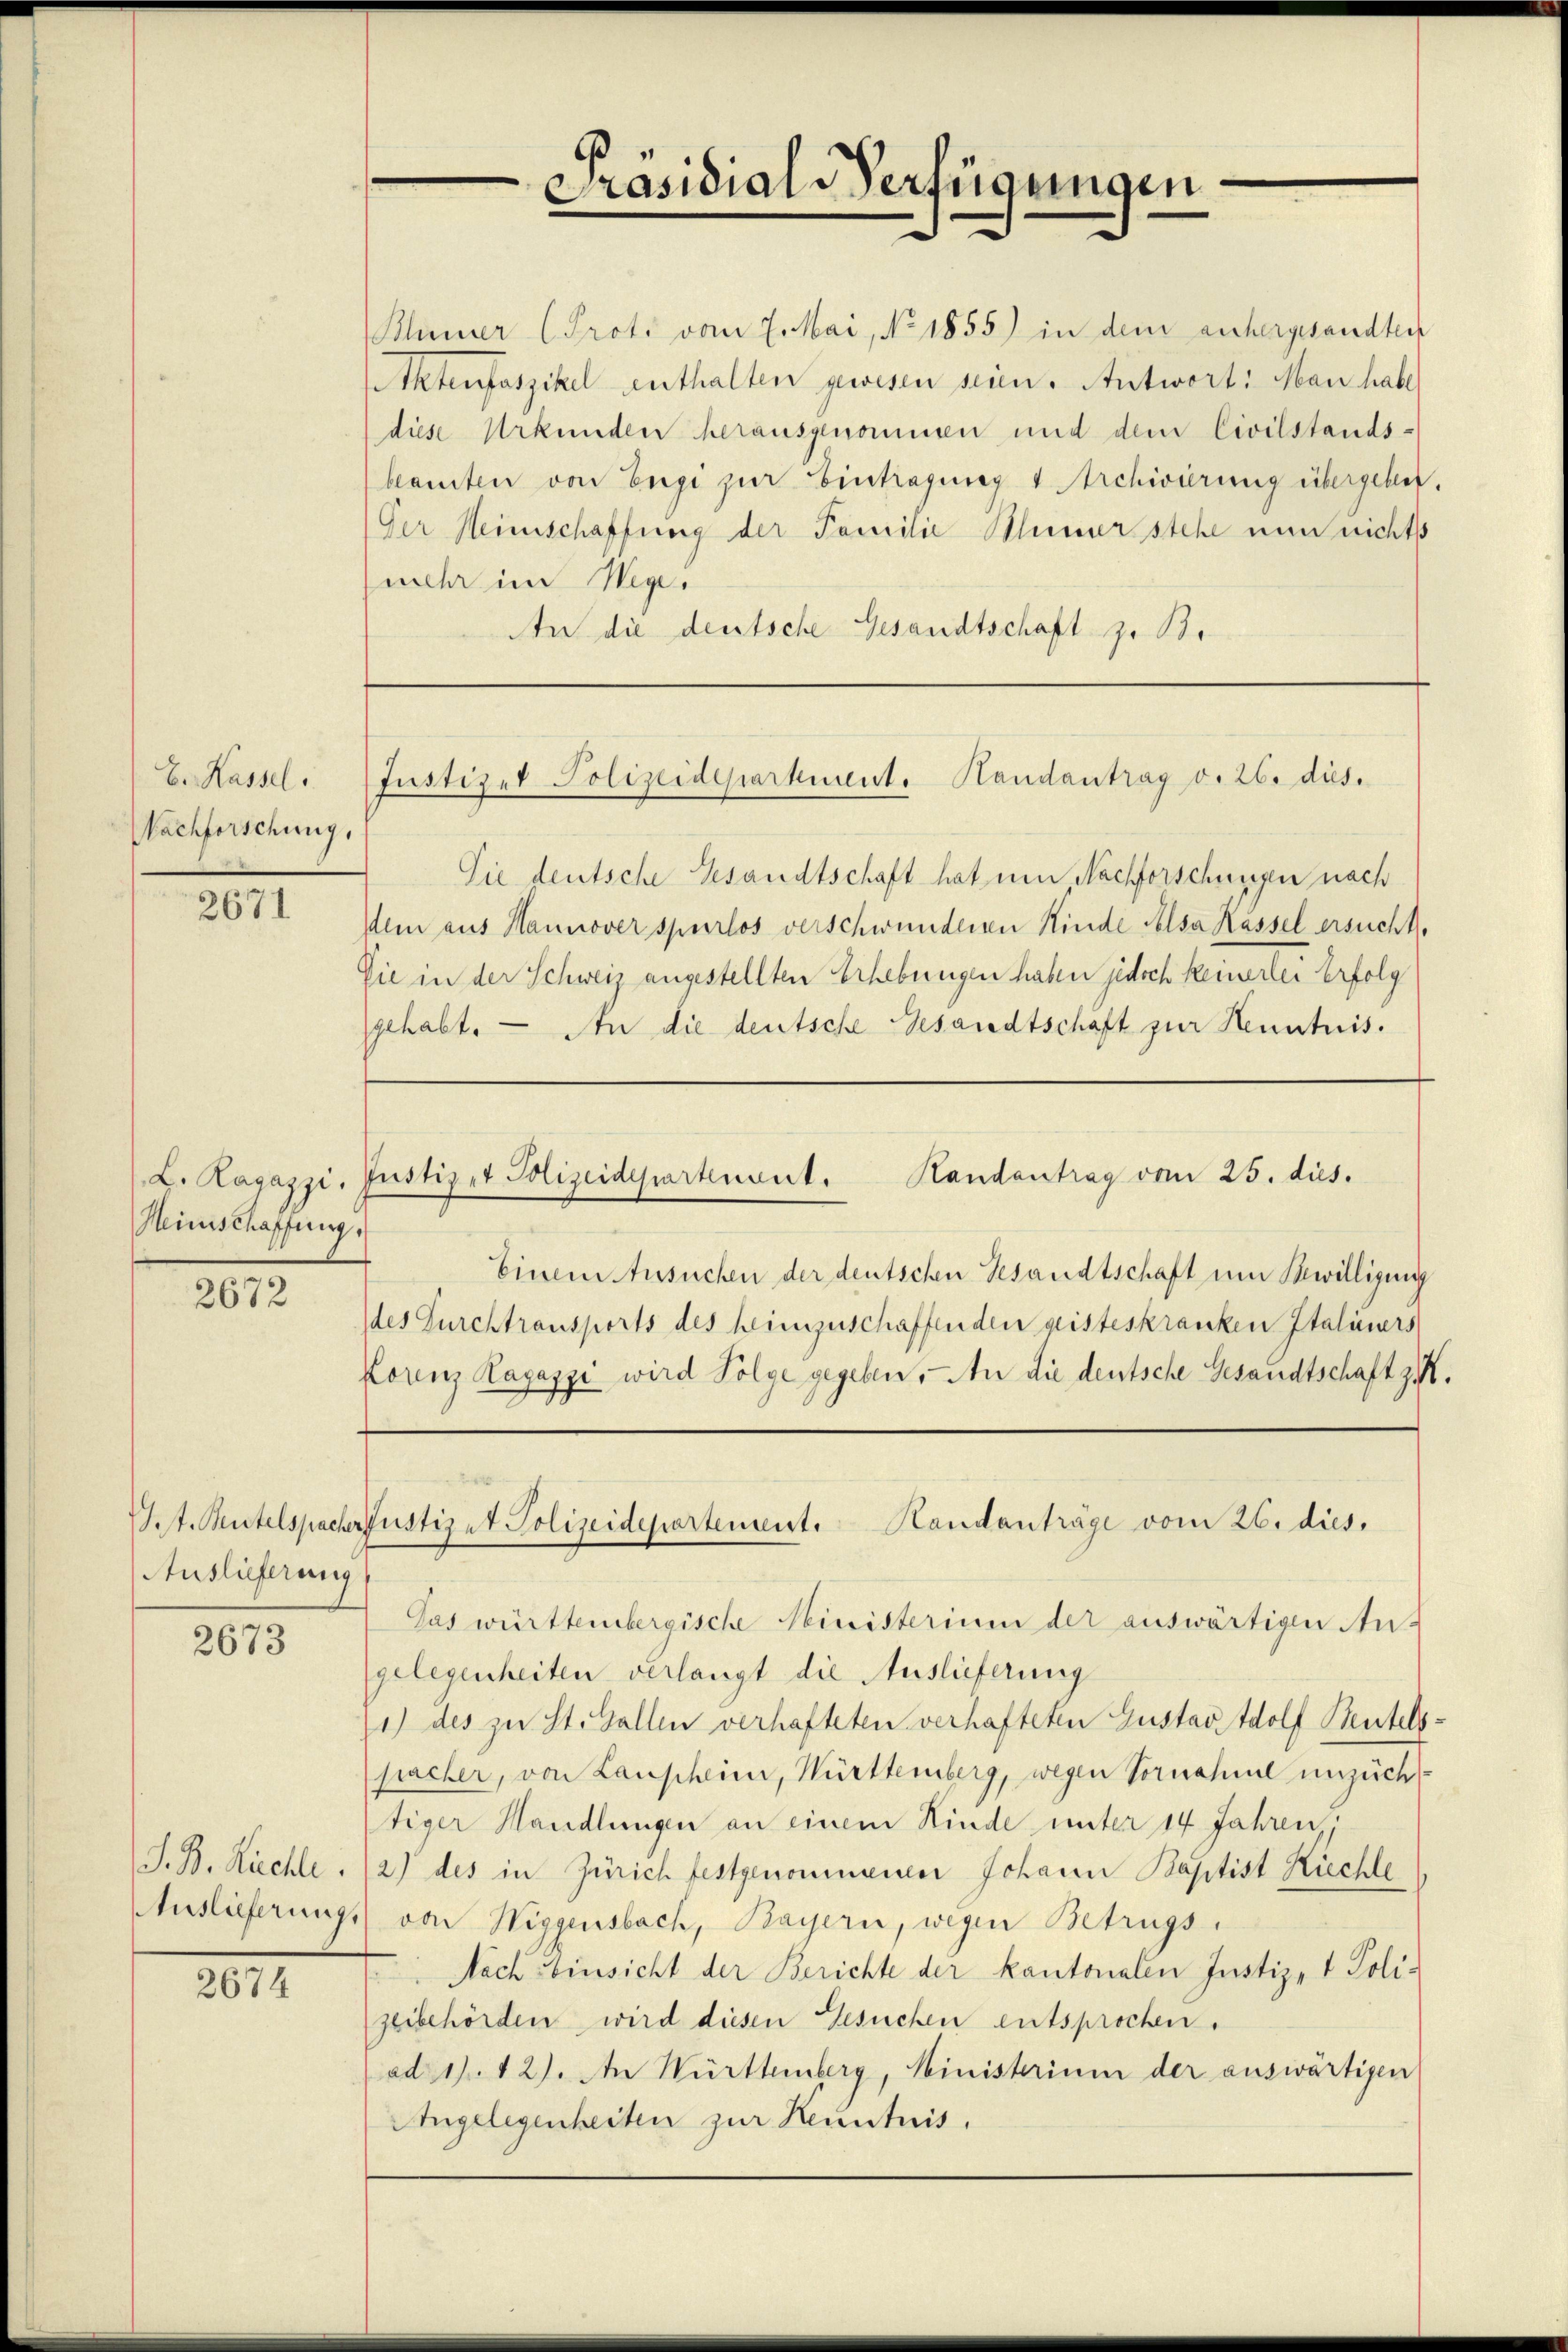
Präsidial-Verfügungen

Klümer (Prot. vom 7. Mai, No 1855) in dem anhergesandten
Aktenfaszikel enthalten gewesen seien. Antwort: Man habe
diese Urkunden herausgenommen und dem Civilstands-
beamten von Engi zur Eintragung 4 Archivierung übergebet.
Ger Heimschaffung der Familie Blümer stehe nun nichts
mehr im Wege.
An die deutsche Gesandtschaft z. B.

Justizet Polizeidepartient. Handantrag v. 26. dies.

Sie deutsche Gesandtschaft hat um Nachforschungen nach
Item aus Hannover spurlos verschwundenen Kinde Felsa Kassel ersucht,
Sie in der Schweiz angestellten Erhebungen haben jedoch keinerlei Erfolg
gehabt. — An die deutsche Gesandtschäft zur Kenntnis.
Einem Ansuchen der deutschen Gesandtschaft um Bewilligung
des Furchtransports des heimzuschaffenden geisteskranken Italiers
Lorenz Ragazzi wird Folge gegeben. An die deutsche Gesandtschaft zu
J.t. Tutelspacher Justiz et Polizeidepartement. Handanträge vom 26. dies.
Pas württembergische Ministerium der auswärtigen An-
gelegenheiten verlangt die Auslieferung
1) des zu St. Gallen verhafteten verhafteten Gustav Adolf Heutels
pacher, von Laupheim, Württemberg, wegen Vornahme unzücht
tiger Handlungen an einem Kinde unter 14 Jahren.
2) des in Zürich festgenommenen Johann Baptist Richte
von Wiggensbach, Bayern, wegen Betrugs
Nach Einsicht der Berichte der kantonalen Justiz- & Poli-
zeibehörden wird diesen Gesuchen entsprochen.
ad 1. 12). An Württemberg, Ministerium der auswärtigen
Angelegenheiten zur Kenntnis,

E. Kassel
Nachforschung,

2671

(L. Ragazzi, Justiz- & Polizeidepartenant. Handantrag vom 25. dies.

Heinschaffung,

2672

Auslieferung

2673

S. B. Richte.
Auslieferung,

2674